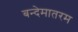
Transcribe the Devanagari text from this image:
बन्देमातरम